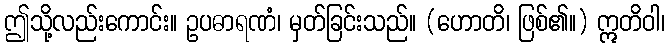
ဤသို့လည်းကောင်း။ ဥပဓာရဏံ၊ မှတ်ခြင်းသည်။ (ဟောတိ၊ ဖြစ်၏။) ဣတိဝါ၊